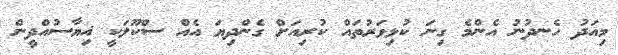
މިއަދު ހެނދުނު އެންމެ ގިނަ ކުޅިވަރުތައް ކުރިއަށް ގެންދިޔަ އެއް ސްކޫލަކީ ޣިޔާސުއްދީން